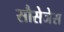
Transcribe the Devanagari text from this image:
सौसेजेस